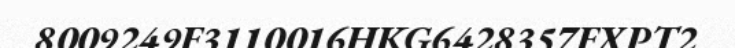
8009249F3110016HKG6428357FXPT2